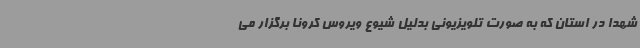
شهدا در استان که به صورت تلویزیونی بدلیل شیوع ویروس کرونا برگزار می